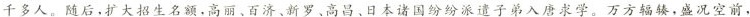
千多人。随后，扩大招生名额，高丽、百济、新罗、高昌、日本诸国纷纷派遣子弟入唐求学。万方辐辏，盛况空前，